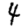
Digit: 4